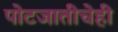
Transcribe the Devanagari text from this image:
पोटजातीचेही